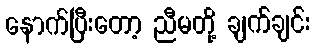
နောက်ပြီးတော့ ညီမတို့ ချက်ချင်း